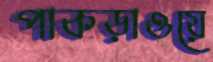
পাকড়াওয়ে